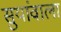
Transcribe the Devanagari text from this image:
सुयांवाला